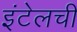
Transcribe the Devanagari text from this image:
इंटेलची